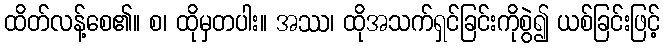
ထိတ်လန့်စေ၏။ စ၊ ထိုမှတပါး။ အဿ၊ ထိုအသက်ရှင်ခြင်းကိုစွဲ၍ ယစ်ခြင်းဖြင့်